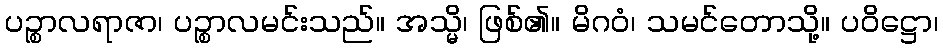
ပဉ္စာလရာဇာ၊ ပဉ္စာလမင်းသည်။ အသ္မိ၊ ဖြစ်၏။ မိဂဝံ၊ သမင်တောသို့။ ပဝိဋ္ဌော၊